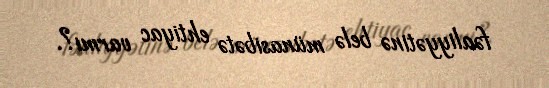
fəaliyyətinə belə münasibətə ehtiyac varmı?.